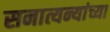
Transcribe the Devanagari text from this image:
सनात्यन्यांच्या